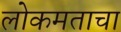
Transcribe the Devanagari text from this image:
लोकमताचा